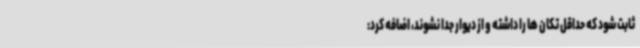
ثابت شود که حداقل تکان ها را داشته و از دیوار جدا نشوند، اضافه کرد: